Report of the Bombay Plague Committee
Disease focus: Plague
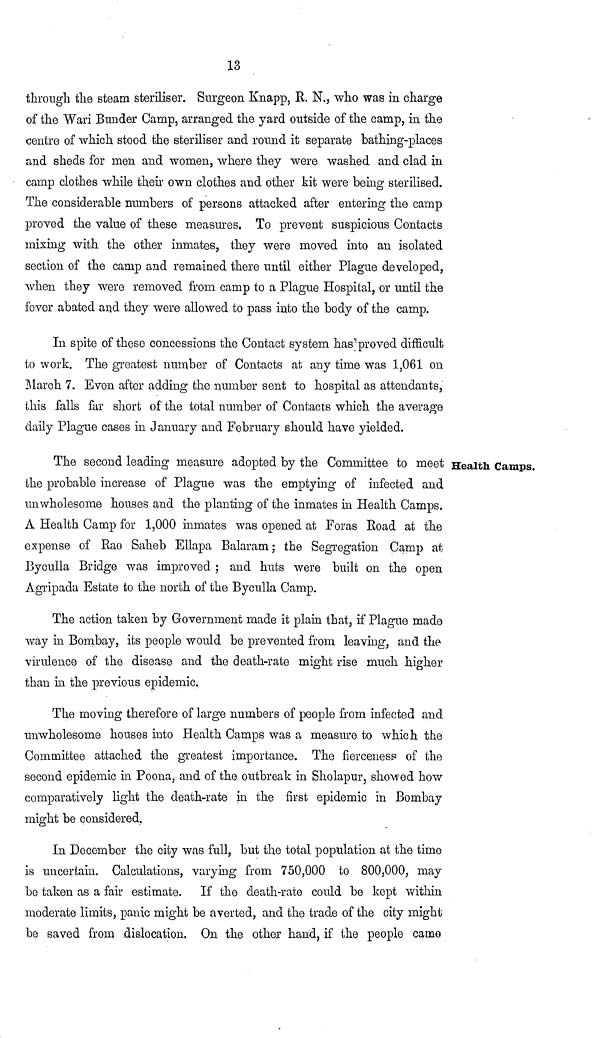
13
through the steam steriliser. Surgeon Knapp, R. N., who was in charge
of the "Wari Bunder Camp, arranged the yard outside of the camp, in the
centre of which stood the steriliser and round it separate bathing-places
and sheds for men and women, where they were washed and clad in
camp clothes while their own clothes and other kit were being sterilised.
The considerable numbers of persons attacked after entering the camp
proved the value of these measures. To prevent suspicious Contacts
mixing with the other inmates, they were moved into an isolated
section of the camp and remained there until either Plague developed,
when they were removed from camp to a Plague Hospital, or until the
fever abated and they were allowed to pass into the body of the camp.
In spite of these concessions the Contact system has proved difficult
to work. The greatest number of Contacts at any time was 1,061 on
March 7. Even after adding the number sent to hospital as attendants,
this falls far short of the total number of Contacts which the average
daily Plague cases in January and February should have yielded.
Health Camps.
The second leading measure adopted by the Committee to meet
the probable increase of Plague was the emptying of infected and
unwholesome houses and the planting of the inmates in Health Camps.
A Health Camp for 1,000 inmates was opened at Foras Road at the
expense of Rao Saheb Ellapa Balaram : the Segregation Camp at
Byculla Bridge was improved ; and huts were built on the open
Agripada Estate to the north of the Byculla Camp.
The action taken by Government made it plain that, if Plague made
way in Bombay, its people would be prevented from leaving, and the
virulence of the disease and the death-rate might rise much higher
than in the previous epidemic.
The moving therefore of large numbers of people from infected and
unwholesome houses into Health Camps was a measure to which the
Committee attached the greatest importance. The fierceness of the
second epidemic in Poona, and of the outbreak in Sholapur, showed how
comparatively light the death-rate in the first epidemic in Bombay
might be considered.
In December the city was full, but the total population at the time
is uncertain. Calculations, varying from 750,000 to 800,000, may
bo taken as a fair estimate. If the death-rate could be kept within
moderate limits, panic might be averted, and the trade of the city might
be saved from dislocation. On the other hand, if the people carne